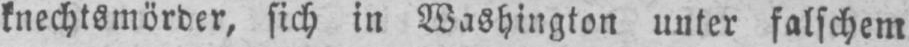
knechtsmörder, sich in Washington unter falschem